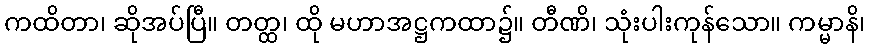
ကထိတာ၊ ဆိုအပ်ပြီ။ တတ္ထ၊ ထို မဟာအဋ္ဌကထာ၌။ တီဏိ၊ သုံးပါးကုန်သော။ ကမ္မာနိ၊